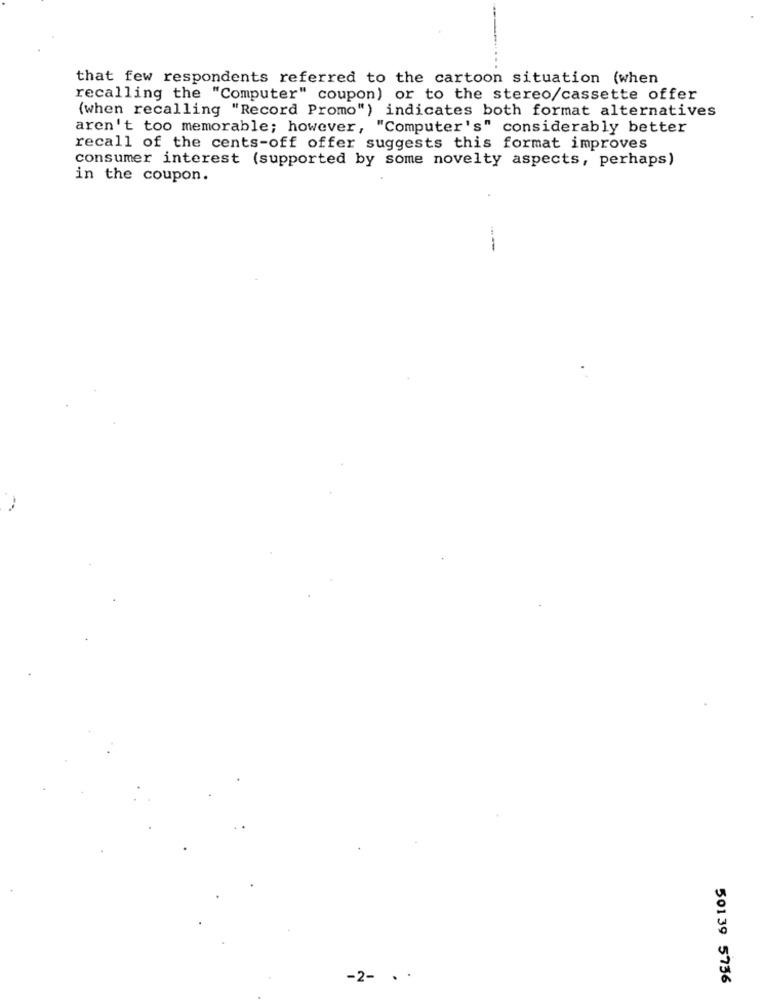
that few respondents referred to the cartoon situation (when
recalling the "Computer" coupon) or to the stereo/cassette offer
(when recalling "Record Promo") indicates both format alternatives
aren't too memorable; however, "Computer's" considerably better
recall of the cents-off offer suggests this format improves
consumer interest (supported by some novelty aspects, perhaps)
in the coupon.
----
-2- ..
50139 5736